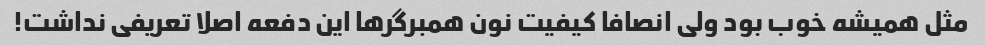
مثل همیشه خوب بود ولی انصافا کیفیت نون همبرگرها این دفعه اصلا تعریفی نداشت!